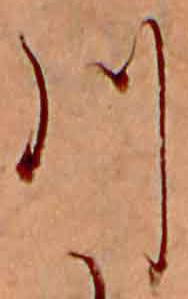
川